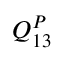
Q _ { 1 3 } ^ { P }